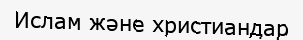
Ислам және христиандар